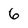
Character: 6